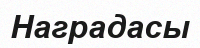
Наградасы